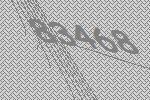
83468